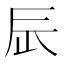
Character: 𨑃